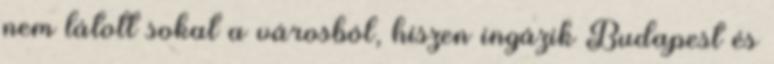
nem látott sokat a városból, hiszen ingázik Budapest és